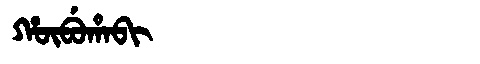
Manchu: ᡥᡡᠪᡠᡥᠠᠪᡳ
Romanization: HŪBUHABI